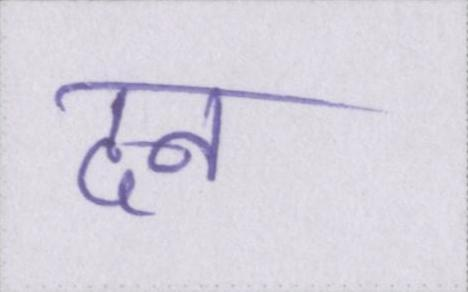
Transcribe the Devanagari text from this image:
दन